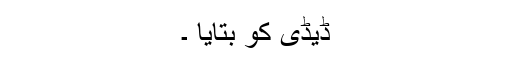
ڈیڈی کو بتایا ۔